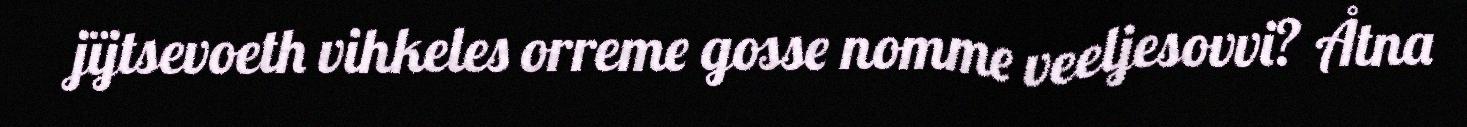
jïjtsevoeth vihkeles orreme gosse nomme veeljesovvi? Åtna